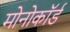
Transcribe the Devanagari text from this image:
मोनोकॉर्ड